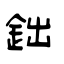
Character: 鈯